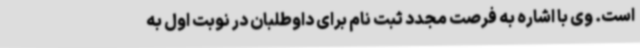
است. وی با اشاره به فرصت مجدد ثبت نام برای داوطلبان در نوبت اول به